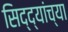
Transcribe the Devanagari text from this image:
सिद्द्यांच्या